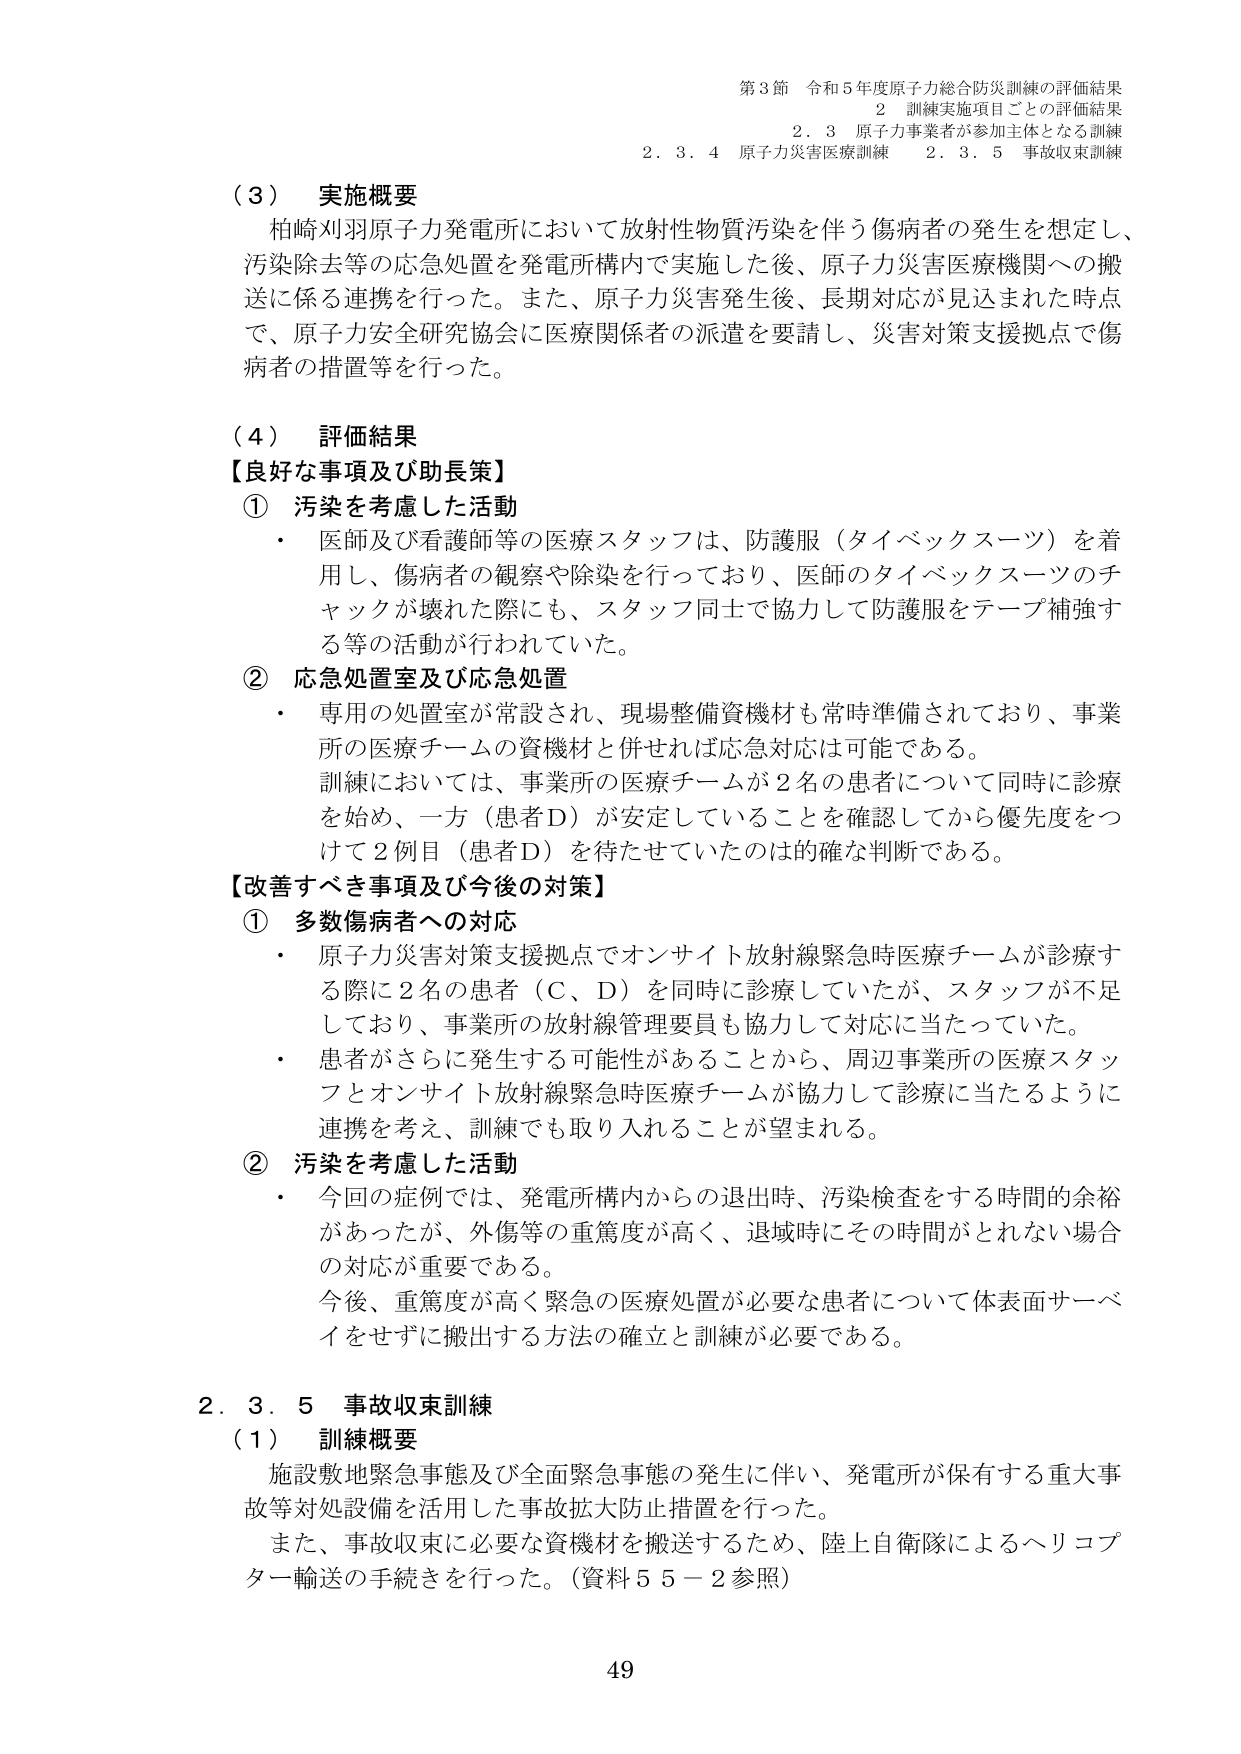
第3節 令和5年度原子力総合防災訓練の評価結果
2 訓練実施項目ごとの評価結果
2.3 原子力事業者が参加主体となる訓練
2.3.4 原子力災害医療訓練 2.3.5 事故収束訓練

（3） 実施概要
柏崎刈羽原子力発電所において放射性物質汚染を伴う傷病者の発生を想定し、
汚染除去等の応急処置を発電所構内にて実施した後、原子力災害医療機関への搬
送に係る連携を行った。また、原子力災害発生後、長期対応が見込まれた時点
で、原子力安全研究協会に医療関係者の派遣を要請し、災害対策支援拠点で傷
病者の措置等を行った。

（4） 評価結果
【良好な事項及び助長策】
① 汚染を考慮した活動
・ 医師及び看護師等の医療スタッフは、防護服（タイベックスーツ）を着
用し、傷病者の観察や除染を行っており、医師のタイベックスーツのチ
ャックが壊れた際にも、スタッフ同士で協力して防護服をテープ補強す
る等の活動が行われていた。

② 応急処置室及び応急処置
・ 専用の処置室が常設され、現場整備資機材も常時準備されており、事業
所の医療チームの資機材と併せれば応急対応は可能である。
訓練においては、事業所の医療チームが2名の患者について同時に診療
を始め、一方（患者D）が安定していることを確認してから優先度をつ
けて2例目（患者D）を待たせていたのは確かな判断である。

【改善すべき事項及び今後の対策】
① 多数傷病者への対応
・ 原子力災害対策支援拠点でオンサイト放射線緊急時医療チームが診療す
る際に2名の患者（C、D）を同時に診療していたが、スタッフが不足
しており、事業所の放射線管理要員も協力して対応に当たっていた。
・ 患者がさらに発生する可能性があることから、周辺事業所の医療スタッ
フとオンサイト放射線緊急時医療チームが協力して診療に当たるように
連携を考え、訓練でも取り入れることが望まれる。

② 汚染を考慮した活動
・ 今回の症例では、発電所構内からの退出時、汚染検査をする時間の余裕
があったが、外傷等の重篤度が高く、退域時にその時間がとれない場合
の対応が重要である。
今後、重篤度が高く緊急の医療処置が必要な患者について体表面サーベ
イをせずに搬出する方法の確立と訓練が必要である。

2.3.5 事故収束訓練
（1） 訓練概要
施設敷地緊急事態及び全面緊急事態の発生に伴い、発電所が保有する重大事
故等対処設備を活用した事故拡大防止措置を行った。
また、事故収束に必要な資機材を搬送するため、陸上自衛隊によるヘリコプ
ター輸送の手続きを行った。（資料55－2参照）

49